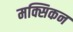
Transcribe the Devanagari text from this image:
मक्सिकन